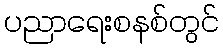
ပညာရေးစနစ်တွင်